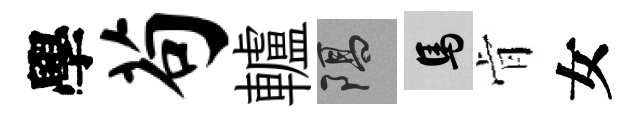
學苟轤隔馬肻女